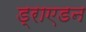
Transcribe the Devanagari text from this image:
ड्राएडन